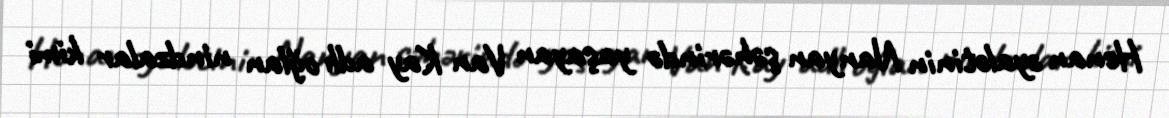
Henan əyalətinin Nanyan şəhərində yaşayan Van Kay adlı oğlan nindzalar kimi